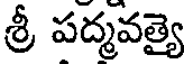
శ్రీ పద్మవత్యై